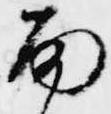
雨